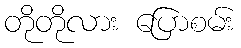
တိုတိုလား ပြောစမ်း